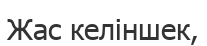
Жас келіншек,